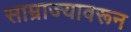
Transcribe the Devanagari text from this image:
साम्राज्यावरून